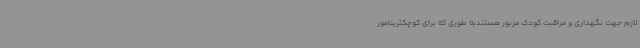
لازم جهت نگهداری و مراقبت کودک مزبور هستندبه طوری که برای کوچکترینامور